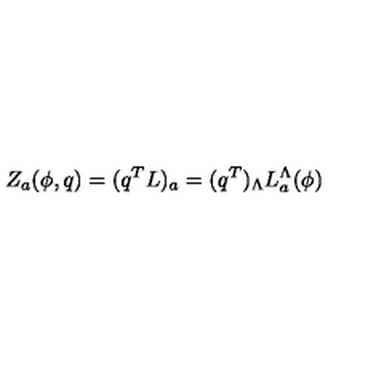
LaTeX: Z _ { a } ( \phi , q ) = ( q ^ { T } L ) _ { a } = ( q ^ { T } ) _ { \Lambda } L _ { a } ^ { \Lambda } ( \phi )